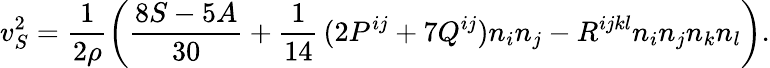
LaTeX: v_{S}^{2}=\frac 1{2\rho}\left(\frac{8S-5A}{30}+\frac 1{14}\, (2P^{ij}+7Q^{ij})n_{i}n_{j}-R^{ijkl}n_{i}n_{j}n_{k}n_{l}\right).